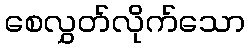
စေလွှတ်လိုက်သော